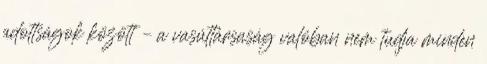
adottságok között – a vasúttársaság valóban nem tudja minden